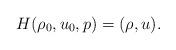
LaTeX: \begin{align*}H(\rho_0,u_0,p)=(\rho,u).\end{align*}